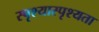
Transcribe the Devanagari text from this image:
स्पृश्यास्पृश्यता